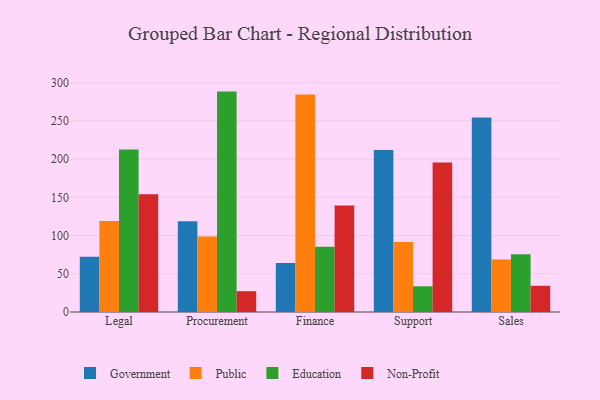
{"axis": {"x": "Department", "y": "Humidity (%)"}, "legend": ["Education", "Government", "Non-Profit", "Public"], "data": [{"x": "Legal", "y": 72.3, "type": "Government"}, {"x": "Legal", "y": 119.1, "type": "Public"}, {"x": "Legal", "y": 212.6, "type": "Education"}, {"x": "Legal", "y": 154.0, "type": "Non-Profit"}, {"x": "Procurement", "y": 118.8, "type": "Government"}, {"x": "Procurement", "y": 98.7, "type": "Public"}, {"x": "Procurement", "y": 288.3, "type": "Education"}, {"x": "Procurement", "y": 27.2, "type": "Non-Profit"}, {"x": "Finance", "y": 64.0, "type": "Government"}, {"x": "Finance", "y": 284.4, "type": "Public"}, {"x": "Finance", "y": 85.5, "type": "Education"}, {"x": "Finance", "y": 139.4, "type": "Non-Profit"}, {"x": "Support", "y": 211.9, "type": "Government"}, {"x": "Support", "y": 91.7, "type": "Public"}, {"x": "Support", "y": 33.7, "type": "Education"}, {"x": "Support", "y": 195.6, "type": "Non-Profit"}, {"x": "Sales", "y": 254.4, "type": "Government"}, {"x": "Sales", "y": 68.8, "type": "Public"}, {"x": "Sales", "y": 75.6, "type": "Education"}, {"x": "Sales", "y": 34.3, "type": "Non-Profit"}]}